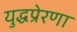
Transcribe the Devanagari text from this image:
युद्धप्रेरणा